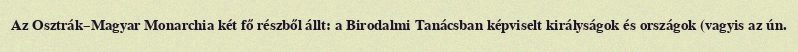
Az Osztrák–Magyar Monarchia két fő részből állt: a Birodalmi Tanácsban képviselt királyságok és országok (vagyis az ún.